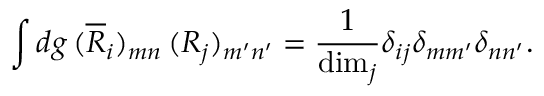
\int d g \, ( \overline { { { R } } } _ { i } ) _ { m n } \, ( R _ { j } ) _ { m ^ { \prime } n ^ { \prime } } = { \frac { 1 } { \mathrm { d i m } _ { j } } } \delta _ { i j } \delta _ { m m ^ { \prime } } \delta _ { n n ^ { \prime } } .